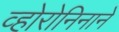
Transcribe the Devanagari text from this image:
व्होरोनिनाने